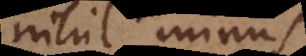
nihil minus